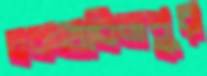
চকহাবিজপুর